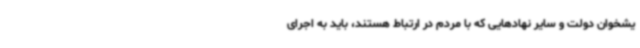
یشخوان دولت و سایر نهادهایی که با مردم در ارتباط هستند، باید به اجرای